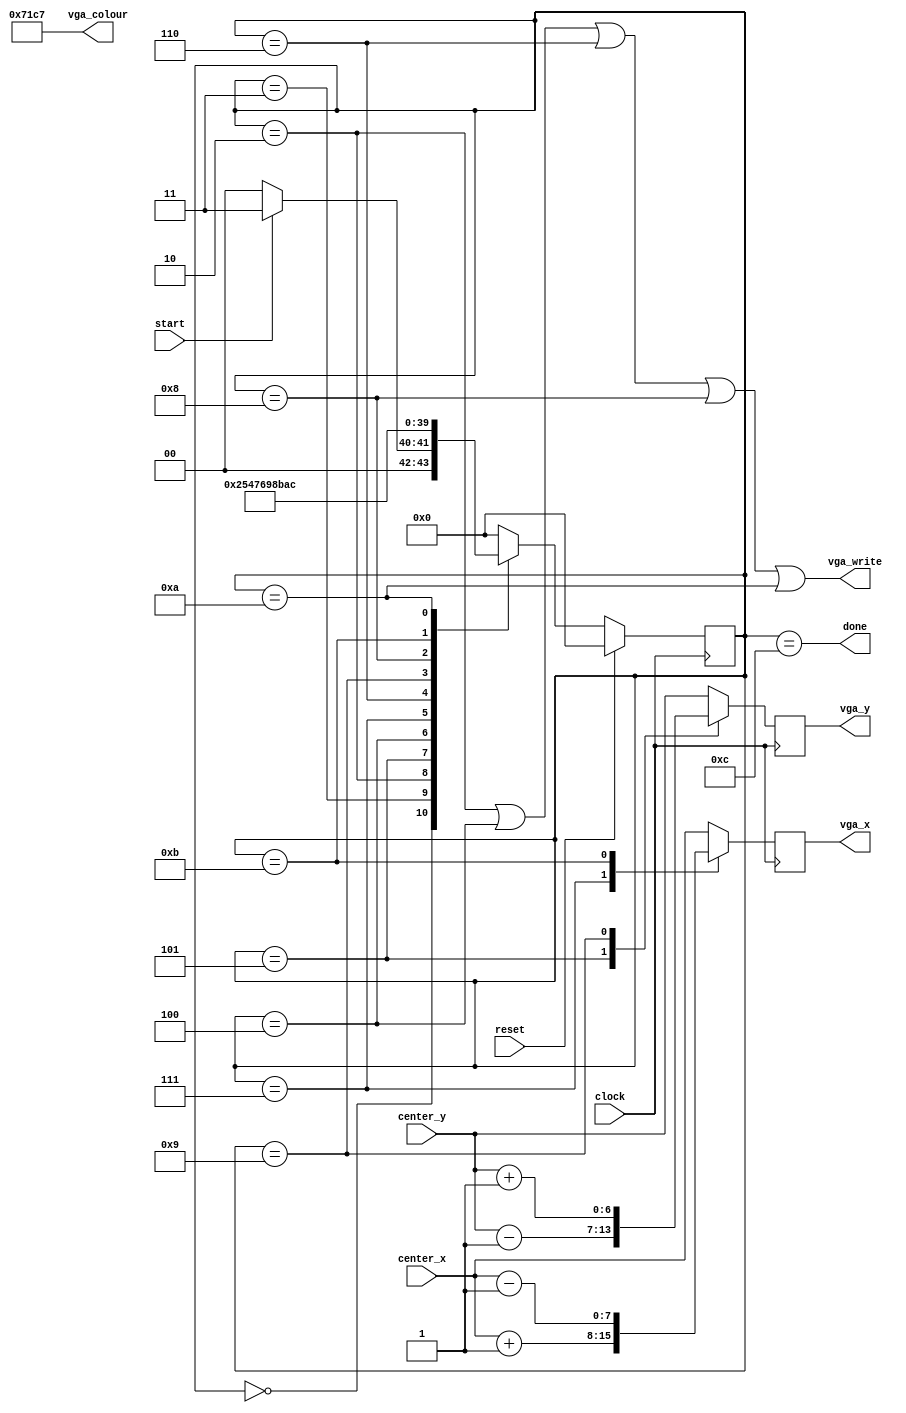
module draw_crosshair(clock, reset,
                      start, done,
                      center_x, center_y,
                      vga_x, vga_y, vga_colour, vga_write);

    // Global clock and reset
    input clock;
    input reset;

    // External control signals
    input start;
    output done;

    // The center of the crosshair to be drawn
    // IMPORTANT NOTE: This is already in pixels, i.e. the location on the VGA display
    input [7:0] center_x;
    input [6:0] center_y;

    // Signals to the VGA adapter
    output reg [7:0] vga_x;
    output reg [6:0] vga_y;
    output [17:0] vga_colour; assign vga_colour = 18'b000111000111000111;
    output vga_write;

    /* **************** FSM ****************** */

    // State register
    reg [3:0] state;

    // Flip-flop assignments
    localparam WAIT          = 4'd0,
               INITIALIZE    = 4'd1,
               DRAW_MIDDLE   = 4'd2, // draw the middle square
               UPDATE_MIDDLE = 4'd3, // wait for the VGA to draw the middle square
               DRAW_TOP      = 4'd4,
               UPDATE_TOP    = 4'd5,
               DRAW_RIGHT    = 4'd6,
               UPDATE_RIGHT  = 4'd7,
               DRAW_BOTTOM   = 4'd8,
               UPDATE_BOTTOM = 4'd9,
               DRAW_LEFT     = 4'd10,
               UPDATE_LEFT   = 4'd11,
               DONE          = 4'd12;

    // state assignments
    always @(posedge clock) begin
        if (reset)
            state <= WAIT;
        else begin
            case (state)
                WAIT:            state <= start ?  UPDATE_MIDDLE : WAIT;

                UPDATE_MIDDLE:   state <= DRAW_MIDDLE;
                DRAW_MIDDLE:     state <= UPDATE_TOP;

                UPDATE_TOP:      state <= DRAW_TOP;
                DRAW_TOP:        state <= UPDATE_RIGHT;

                UPDATE_RIGHT:    state <= DRAW_RIGHT;
                DRAW_RIGHT:      state <= UPDATE_BOTTOM;

                UPDATE_BOTTOM:   state <= DRAW_BOTTOM;
                DRAW_BOTTOM:     state <= UPDATE_LEFT;

                UPDATE_LEFT:     state <= DRAW_LEFT;
                DRAW_LEFT:       state <= DONE;

                DONE:            state <= WAIT;
                default:         state <= WAIT;
            endcase
        end
    end

    // output signal logic
    assign done = state == DONE;

    assign vga_write = (state == DRAW_MIDDLE) || (state == DRAW_TOP) || (state == DRAW_RIGHT) || (state == DRAW_BOTTOM) || (state == DRAW_LEFT);

    /* ************** DATAPATH *************** */
    // decide which pixel to draw to

    // this implementation could potentially overflow
    // will not happen so long as all edges of the map are surrounded by walls
    always @(posedge clock) begin
        case (state)
        UPDATE_MIDDLE:
            begin
                vga_x[7:0] <= center_x;
                vga_y[6:0] <= center_y;
            end
        UPDATE_TOP:
            begin
                vga_x[7:0] <= center_x;
                vga_y[6:0] <= center_y - 1;
            end
        UPDATE_RIGHT:
            begin
                vga_x[7:0] <= center_x + 1;
                vga_y[6:0] <= center_y;
            end
        UPDATE_BOTTOM:
            begin
                vga_x[7:0] <= center_x;
                vga_y[6:0] <= center_y + 1;
            end
        UPDATE_LEFT:
            begin
                vga_x[7:0] <= center_x - 1;
                vga_y[6:0] <= center_y;
            end
        default:
            begin
                vga_x[7:0] <= center_x;
                vga_y[6:0] <= center_y;
            end
        endcase
    end
endmodule